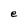
Character: e